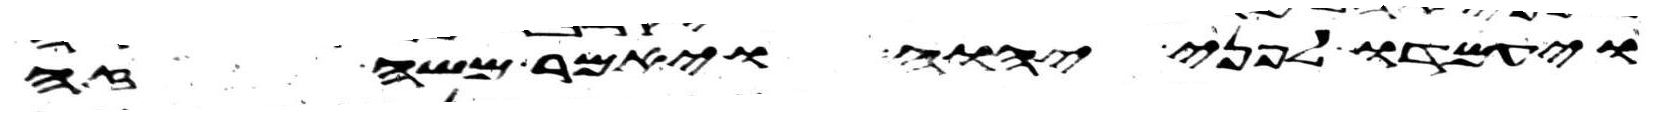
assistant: ויעמדו לפני יהוה ויאמר משה זה